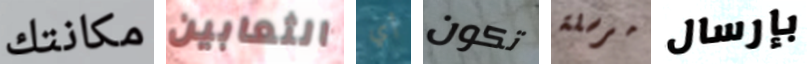
مكانتك الثعابين أي تكون مرسلة بإرسال